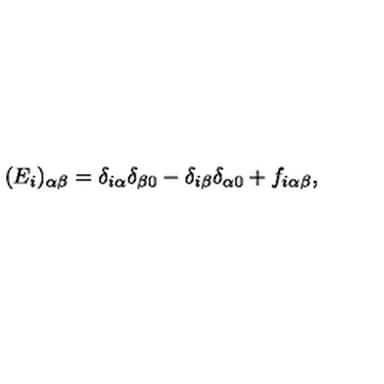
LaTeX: ( E _ { i } ) _ { \alpha \beta } = \delta _ { i \alpha } \delta _ { \beta 0 } - \delta _ { i \beta } \delta _ { \alpha 0 } + f _ { i \alpha \beta } ,